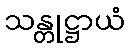
သန္တုဋ္ဌာယံ